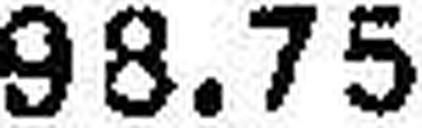
98.75